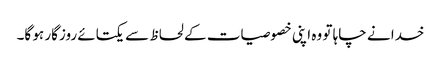
خدا نے چاہا تو وہ اپنی خصوصیات کے لحاظ سے یکتائے روزگار ہو گا۔